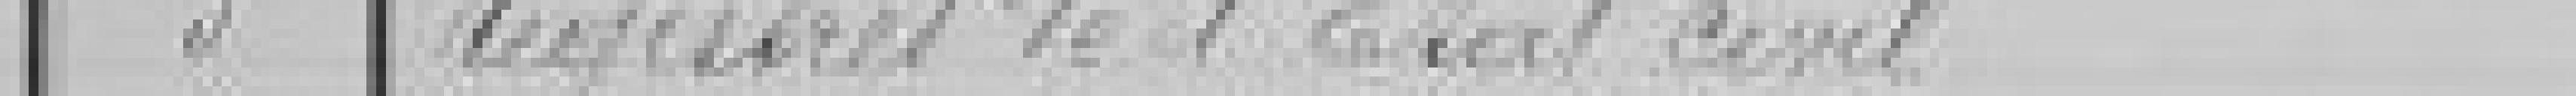
5 Registres de l'Etat civl